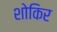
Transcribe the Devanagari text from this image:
शोकिर